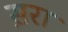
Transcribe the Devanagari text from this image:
स़रा